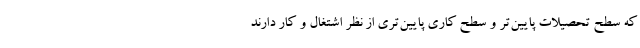
که سطح تحصیلات پایین‌تر و سطح کاری پایین‌تری از نظر اشتغال و کار دارند